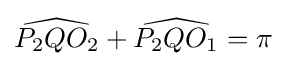
{\widehat {P_{2}QO_{2}}}+{\widehat {P_{2}QO_{1}}}=\pi